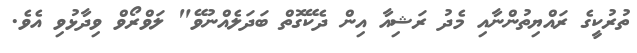
ތުރުކީގެ ރައްޔިތުންނާއި މެދު ރަޝިއާ އިން ދެކޭގޮތް ބަދަލެއްނުވޭ" ލަވްރޯވް ވިދާޅުވި އެވެ.